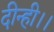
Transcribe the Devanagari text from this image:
दीन्ही।।